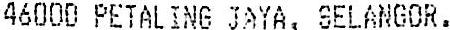
46000 PETALING JAYA, SELANGOR.